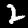
Label: 2